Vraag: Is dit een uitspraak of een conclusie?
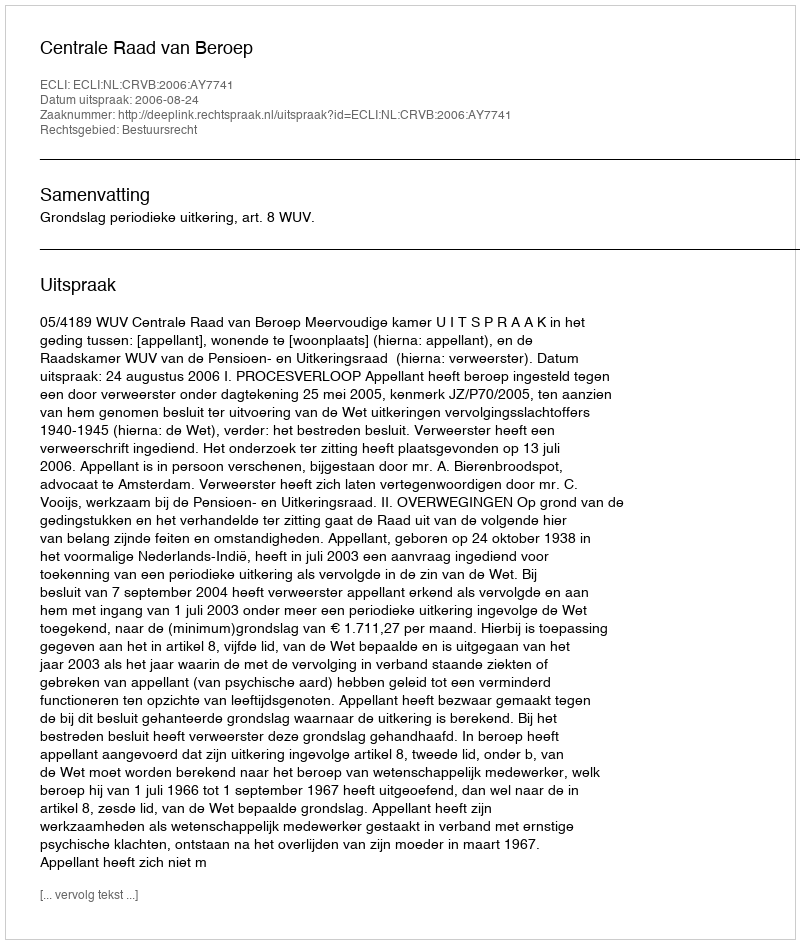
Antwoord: Uitspraak